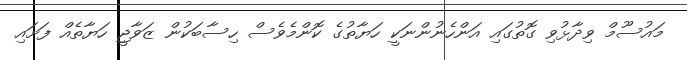
މައުސޫމް ވިދާޅުވި ގޮތުގައި އަންހެނުންނަކީ ހަޔާތުގެ ކޮންމެވެސް ހިސާބަކުން ޒަވާޖީ ހަޔާތެއް ފަށައި